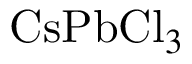
\mathrm { C s } \mathrm { P b } { \mathrm { C l } } _ { 3 }